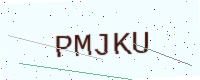
Text: PMJKU